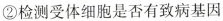
②检测受体细胞是否有致病基因